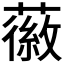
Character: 𫉪